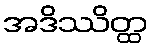
အဒိဿိတ္ထ